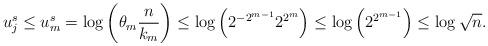
LaTeX: \begin{align*}u_j^s \le u_{m}^s = \log{\left(\theta_{m} \frac{n}{k_{m}}\right)} \le \log{\left(2^{-2^{m-1}}2^{2^{m}}\right)} \le \log{\left(2^{2^{m-1}}\right)} \le \log{\sqrt{n}}.\end{align*}